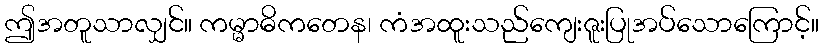
ဤအတူသာလျှင်။ ကမ္မာဓိကတေန၊ ကံအထူးသည်ကျေးဇူးပြုအပ်သောကြောင့်။